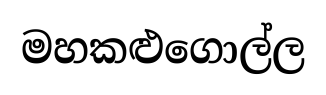
මහකළුගොල්ල